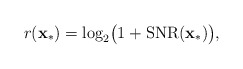
\begin{align*}r(\mathbf{x}_{*})=\log_{2}\bigl(1+\mathrm{SNR}(\mathbf{x}_{*})\bigr),\end{align*}